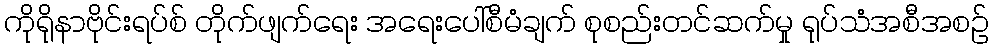
ကိုရိုနာဗိုင်းရပ်စ် တိုက်ဖျက်ရေး အရေးပေါ်စီမံချက် စုစည်းတင်ဆက်မှု ရုပ်သံအစီအစဉ်